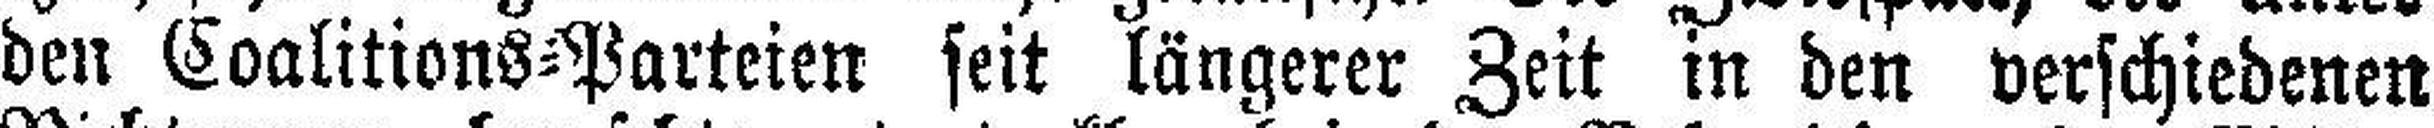
den Coalitions=Parteien seit längerer Zeit in den verschiedenen